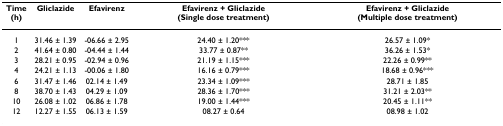
| Time(h) | Gliclazide | Efavirenz | Efavirenz + Gliclazide (Single dose treatment) | Efavirenz + Gliclazide (Multiple dose treatment) |
 | --- | --- | --- | --- | --- |
 | 1 | 31.46 ± 1.39 | -06.66 ± 2.95 | 24.40 ± 1.20*** | 26.57 ± 1.09* |
 | 2 | 41.64 ± 0.80 | -04.44 ± 1.44 | 33.77 ± 0.87** | 36.26 ± 1.53* |
 | 3 | 28.21 ± 0.95 | -02.94 ± 0.96 | 21.19 ± 1.15*** | 22.26 ± 0.99** |
 | 4 | 24.21 ± 1.13 | -00.06 ± 1.80 | 16.16 ± 0.79*** | 18.68 ± 0.96*** |
 | 6 | 31.47 ± 1.46 | 02.14 ± 1.49 | 23.34 ± 1.09*** | 28.71 ± 1.85 |
 | 8 | 38.70 ± 1.43 | 04.29 ± 1.09 | 28.36 ± 1.70*** | 31.21 ± 2.03** |
 | 10 | 26.08 ± 1.02 | 06.86 ± 1.78 | 19.00 ± 1.44*** | 20.45 ± 1.11** |
 | 12 | 12.27 ± 1.55 | 06.13 ± 1.59 | 08.27 ± 0.64 | 08.98 ± 1.02 |